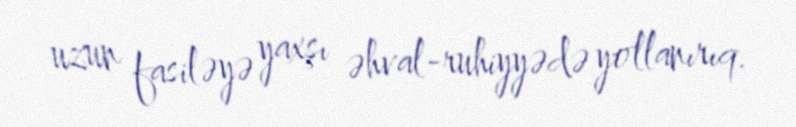
uzun fasiləyə yaxşı əhval-ruhiyyədə yollanırıq.